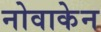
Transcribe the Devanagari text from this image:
नोवाकेन